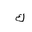
Letter: _kaf